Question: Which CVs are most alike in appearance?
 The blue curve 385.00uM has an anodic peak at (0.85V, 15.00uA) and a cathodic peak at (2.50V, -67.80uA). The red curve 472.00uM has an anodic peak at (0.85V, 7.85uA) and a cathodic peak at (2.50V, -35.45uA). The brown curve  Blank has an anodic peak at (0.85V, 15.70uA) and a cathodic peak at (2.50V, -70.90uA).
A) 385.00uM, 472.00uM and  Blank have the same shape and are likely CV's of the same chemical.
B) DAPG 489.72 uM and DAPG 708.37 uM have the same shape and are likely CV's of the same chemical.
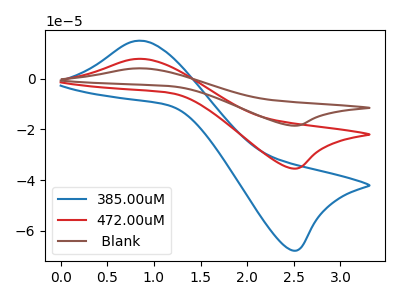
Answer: <think>All the peaks in "385.00uM" have a peak in "472.00uM" at the same potential. Every peak in "385.00uM" is higher than every peak in "472.00uM". All the peaks in "385.00uM" have a peak in " Blank" at the same potential. Every peak in "385.00uM" is lower than every peak in " Blank". All the peaks in "472.00uM" have a peak in " Blank" at the same potential. Every peak in "472.00uM" is lower than every peak in " Blank".
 </think>
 <answer>A) "385.00uM", "472.00uM" and " Blank" have the same shape and are likely CV's of the same chemical.</answer>
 <eval>A</eval>